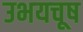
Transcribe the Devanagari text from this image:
उभयचूष